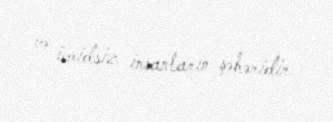
və ümidsiz insanların şəhəridir.